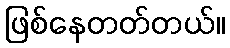
ဖြစ်နေတတ်တယ်။